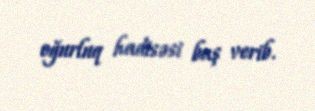
oğurluq hadisəsi baş verib.